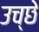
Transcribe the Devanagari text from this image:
उच्छे